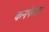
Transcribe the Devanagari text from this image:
कनफेसर